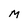
Character: M